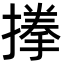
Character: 𭢐